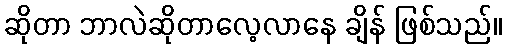
ဆိုတာ ဘာလဲဆိုတာလေ့လာနေ ချိန် ဖြစ်သည်။